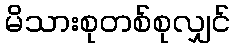
မိသားစုတစ်စုလျှင်